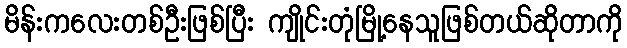
မိန်းကလေးတစ်ဦးဖြစ်ပြီး ကျိုင်းတုံမြို့နေသူဖြစ်တယ်ဆိုတာကို